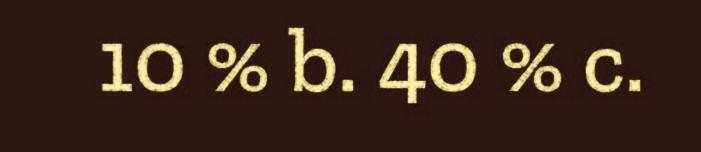
10 % b. 40 % c.